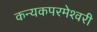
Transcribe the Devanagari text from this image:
कन्‍यकपरमेश्‍वरी